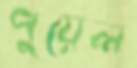
পুয়েল